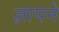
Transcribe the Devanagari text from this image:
ज्ञापने